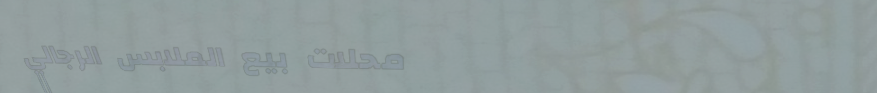
محلات بيع الملابس الرجالي